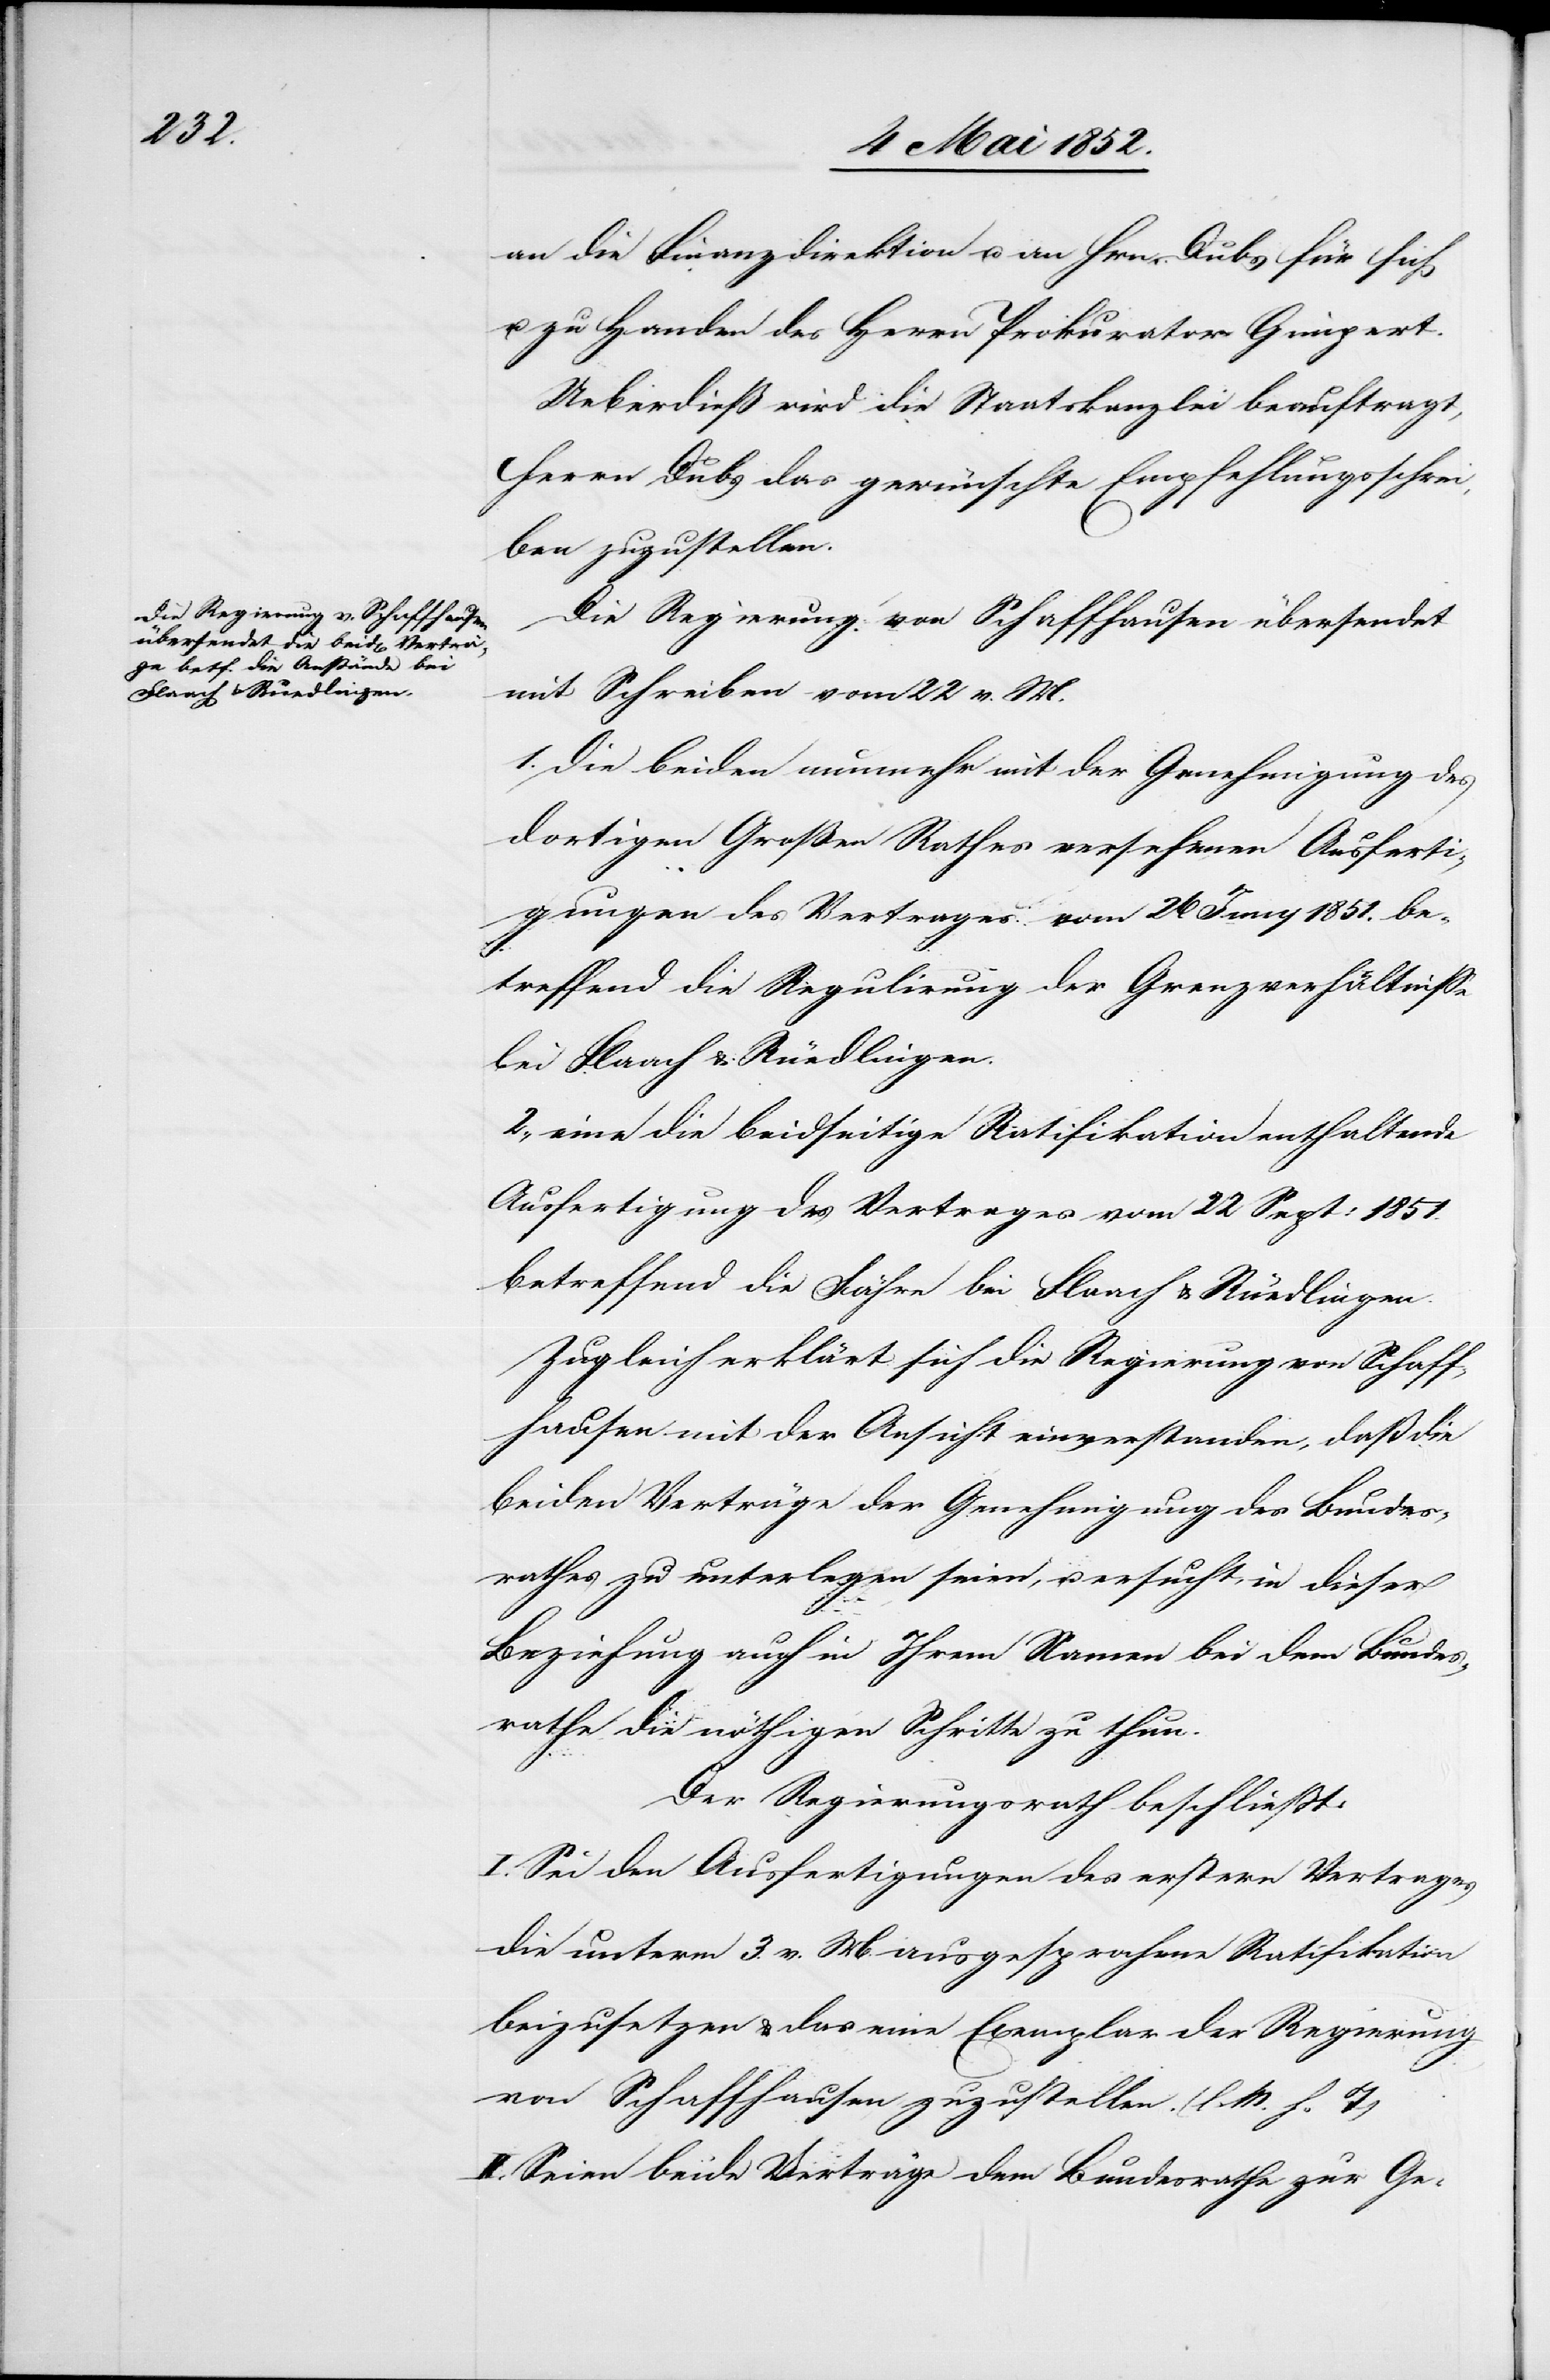
an die Finanzdirektion u. an Hrn. Dubs für sich
u. zu Handen des Herrn Prokurator Gimpert.
Ueberdieß wird die Staatskanzlei beauftragt,
Herrn Dubs das gewünschte Empfehlungsschrei¬
ben zuzustellen.
Die Regierung von Schaffhausen übersendet
mit Schreiben vom 22 v. M.
1. die beiden nunmehr mit der Genehmigung des
dortigen Großen Rathes versehenen Ausferti¬
gungen des Vertrages vom 26 Juny 1851. be¬
treffend die Regulirung der Grenzverhältnisse
bei Flaach & Ruedlingen.
2., eine die beidseitige Ratifikation enthaltende
Ausfertigung des Vertrages vom 22 Sept: 1851.
betreffend die Fähre bei Flaach & Ruedlingen.
Zugleich erklärt sich die Regierung von Schaff¬
hausen mit der Ansicht einverstanden, daß die
beiden Verträge der Genehmigung des Bundes¬
rathes zu unterlegen seien, u. ersucht, in dieser
Beziehung auch in Ihrem Namen bei dem Bundes¬
rathe die nöthigen Schritte zu thun.
Der Regierungsrath beschliesst:
I. Sei den Ausfertigungen des erstern Vertrages
die unterm 3. v. M. ausgesprochene Ratifikation
beizusetzen & das eine Exemplar der Regierung
von Schaffhausen zuzustellen. (l. M. h. T)
II. Seien beide Verträge dem Bundesrathe zur Ge-